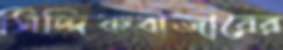
সিদ্দিকবাজারের